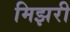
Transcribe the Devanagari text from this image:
मिझरी